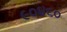
૯૦૪૬૦